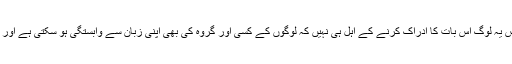
وجہ بالکل سادہ ہے، اُردو کی سیاست پر قابض یہ لوگ اس بات کا ادراک کرنے کے اہل ہی نہیں کہ لوگوں کے کسی اور گروہ کی بھی اپنی زبان سے وابستگی ہو سکتی ہے اور اس گروہ کے بھی لسانی حقوق ہو سکتے ہیں۔